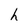
Character: h